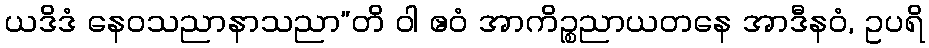
ယဒိဒံ နေဝသညာနာသညာ”တိ ဝါ ဧဝံ အာကိဉ္စညာယတနေ အာဒီနဝံ, ဥပရိ